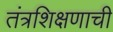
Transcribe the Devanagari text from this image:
तंत्रशिक्षणाची